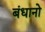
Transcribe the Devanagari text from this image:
बंधानो